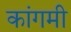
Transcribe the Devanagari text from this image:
कांगमी